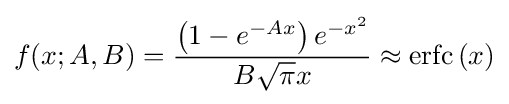
f(x;A,B)={\frac {\left(1-e^{-Ax}\right)e^{-x^{2}}}{B{\sqrt {\pi }}x}}\approx \operatorname {erfc} \left(x\right)